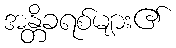
အန္တိခရစ်များ၏